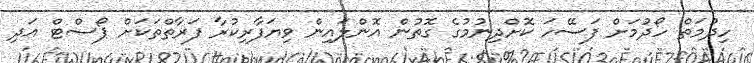
ހިދުމަތް ހޯދުމަށް ފަސޭހަ ކޮށްދިނުމުގެ ގޮތުން އޮންލައިން ވިޔަފާރިކުރާ ފަރާތްތަކަށް ޕޯސްޓް އަދި